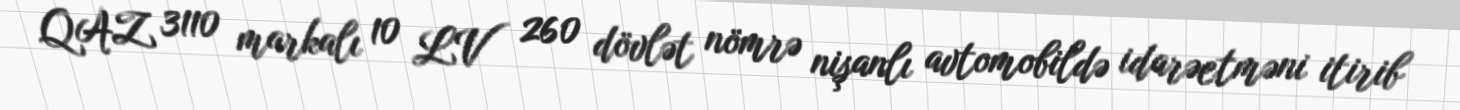
QAZ 3110 markalı 10 LV 260 dövlət nömrə nişanlı avtomobildə idarəetməni itirib